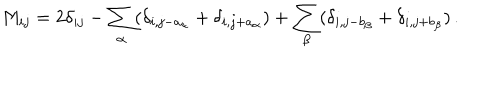
M _ { i j } = 2 \delta _ { i j } - \sum _ { \alpha } ( \delta _ { i , j - a _ { \alpha } } + \delta _ { i , j + a _ { \alpha } } ) + \sum _ { \beta } ( \delta _ { i , j - b _ { \beta } } + \delta _ { i , j + b _ { \beta } } ) \, .